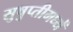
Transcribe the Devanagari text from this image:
सुषुप्तीमध्यें